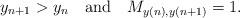
LaTeX: \begin{align*} y_{n+1} > y_n\ \ \ {\rm and}\ \ \ M_{y(n), y(n+1)} = 1.\end{align*}